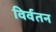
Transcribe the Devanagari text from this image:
विर्वतन